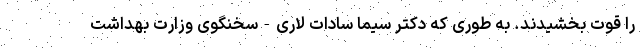
را قوت بخشیدند. به طوری که دکتر سیما سادات لاری-سخنگوی وزارت بهداشت